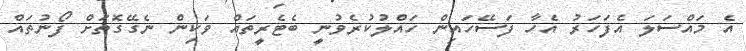
އެ މައްސަލަ އެފަހަރު އެހާ ފަސޭހައިން ހައްލުކުރެވުނީ ބެޓެރީތައް ވަކިން ނެގޭގޮތަށް ފޯނުތައް